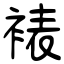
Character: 裱